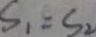
S _ { 1 } = S _ { 2 }